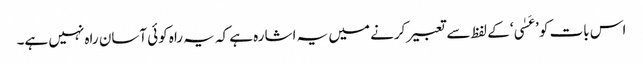
اس بات کو ’عَسٰی‘ کے لفظ سے تعبیر کرنے میں یہ اشارہ ہے کہ یہ راہ کوئی آسان راہ نہیں ہے۔